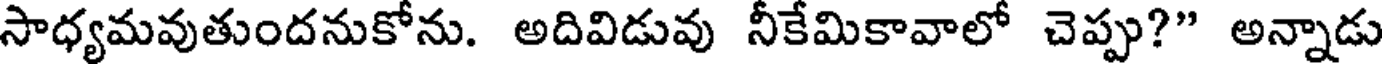
సాధ్యమవుతుందనుకోను. అదివిడువు నీకేమికావాలో చెప్పు?" అన్నాడు